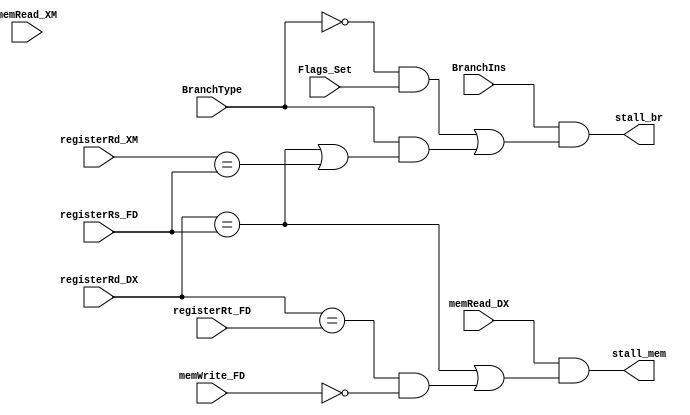
/* Class: ECE 552-1
   Group: Memory Loss
   Last Modified: Nov. 13, 2019 */

module hazDetect(memRead_DX, memRead_XM, registerRd_DX, registerRs_FD, registerRt_FD, memWrite_FD, registerRd_XM, Flags_Set, BranchIns, BranchType, stall_mem, stall_br);
	input memRead_DX; 	// ID/EX
	input memRead_XM;
	input [3:0] registerRd_DX;	// ID/EX
	input [3:0] registerRs_FD;	// IF/ID
	input [3:0] registerRt_FD;	// IF/ID
	input [3:0] registerRd_XM;	// EX/MEM
	input memWrite_FD;	// IF/ID
	input Flags_Set;
	input BranchIns, BranchType;
	
	output stall_mem;
	output stall_br;

	assign regRd = 1'b1;//registerRd_DX != 4'h0;
	assign regRD_RS = registerRd_DX == registerRs_FD;
	assign regRD_RS_MEM = registerRd_XM == registerRs_FD;
	assign regRD_RT = registerRd_DX == registerRt_FD;
	assign notMemWrite = ~memWrite_FD;

	
	assign stall_mem = (memRead_DX & regRd & (regRD_RS | (regRD_RT & notMemWrite))); // load-to-use
	assign stall_br = (BranchIns & (// branch?
				(~BranchType & Flags_Set & regRd) // Branch immediate B (not reg dependent)
				| (BranchType & (regRD_RS | (regRD_RS_MEM))) // Branch register BR (reg dependent)
			));

endmodule